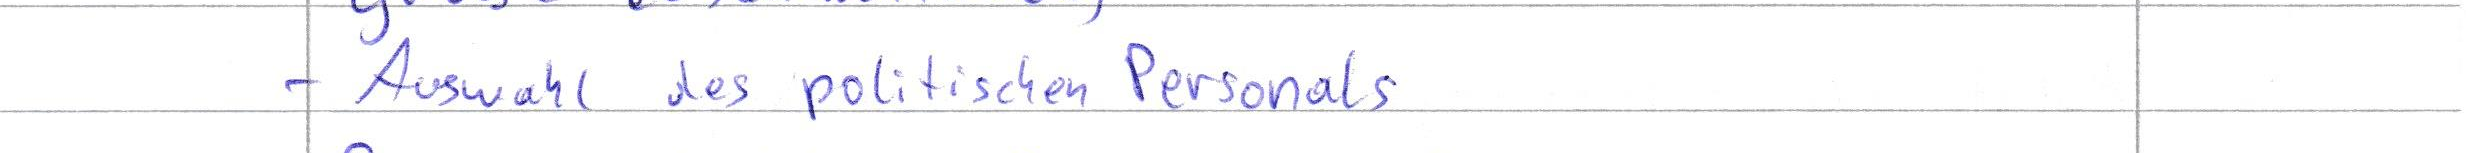
- Auswahl des politischen Personals